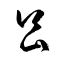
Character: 昌